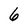
Character: 6